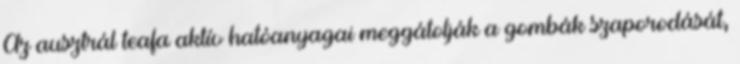
Az ausztrál teafa aktív hatóanyagai meggátolják a gombák szaporodását,